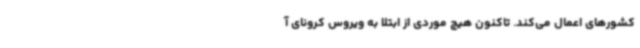
کشورهای اعمال می‌کند. تاکنون هیچ موردی از ابتلا به ویروس کرونای آ